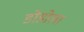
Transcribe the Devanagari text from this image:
डोडोला